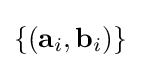
\{(\mathbf {a} _{i},\mathbf {b} _{i})\}